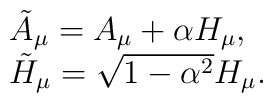
\begin{array}{ll}\tilde A_{\mu} = A_{\mu} + \alpha H_{\mu},\\\tilde H_{\mu} = \sqrt{1- \alpha^2} H_{\mu}.\end{array}